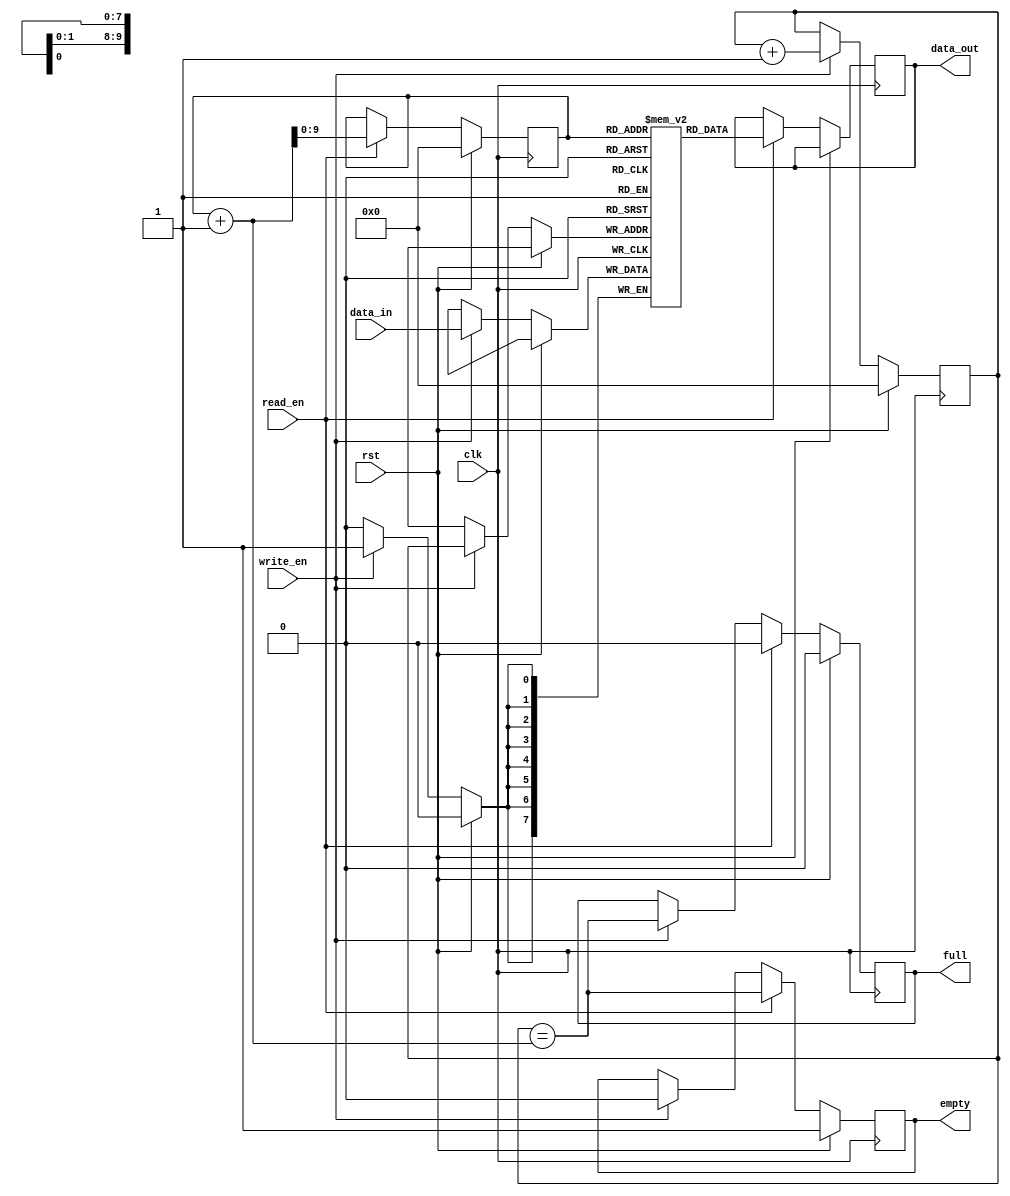
module fifo (
    input wire clk,
    input wire rst,
    input wire write_en,
    input wire read_en,
    input wire [7:0] data_in,
    output reg [7:0] data_out,
    output reg full,
    output reg empty
);

reg [7:0] memory [0:1023];
reg [9:0] write_ptr;
reg [9:0] read_ptr;

always @(posedge clk) begin
    if (rst) begin
        write_ptr <= 10'b0;
        read_ptr <= 10'b0;
        full <= 1'b0;
        empty <= 1'b1;
    end else begin
        if (write_en) begin
            memory[write_ptr] <= data_in;
            write_ptr <= write_ptr + 1;
            full <= (write_ptr == read_ptr + 1);
            empty <= 1'b0;
        end
        if (read_en) begin
            data_out <= memory[read_ptr];
            read_ptr <= read_ptr + 1;
            full <= 1'b0;
            empty <= (write_ptr == read_ptr + 1);
        end
    end
end

endmodule